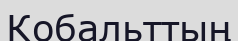
Кобальттың